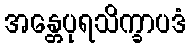
အန္တေပုရသိက္ခာပဒံ